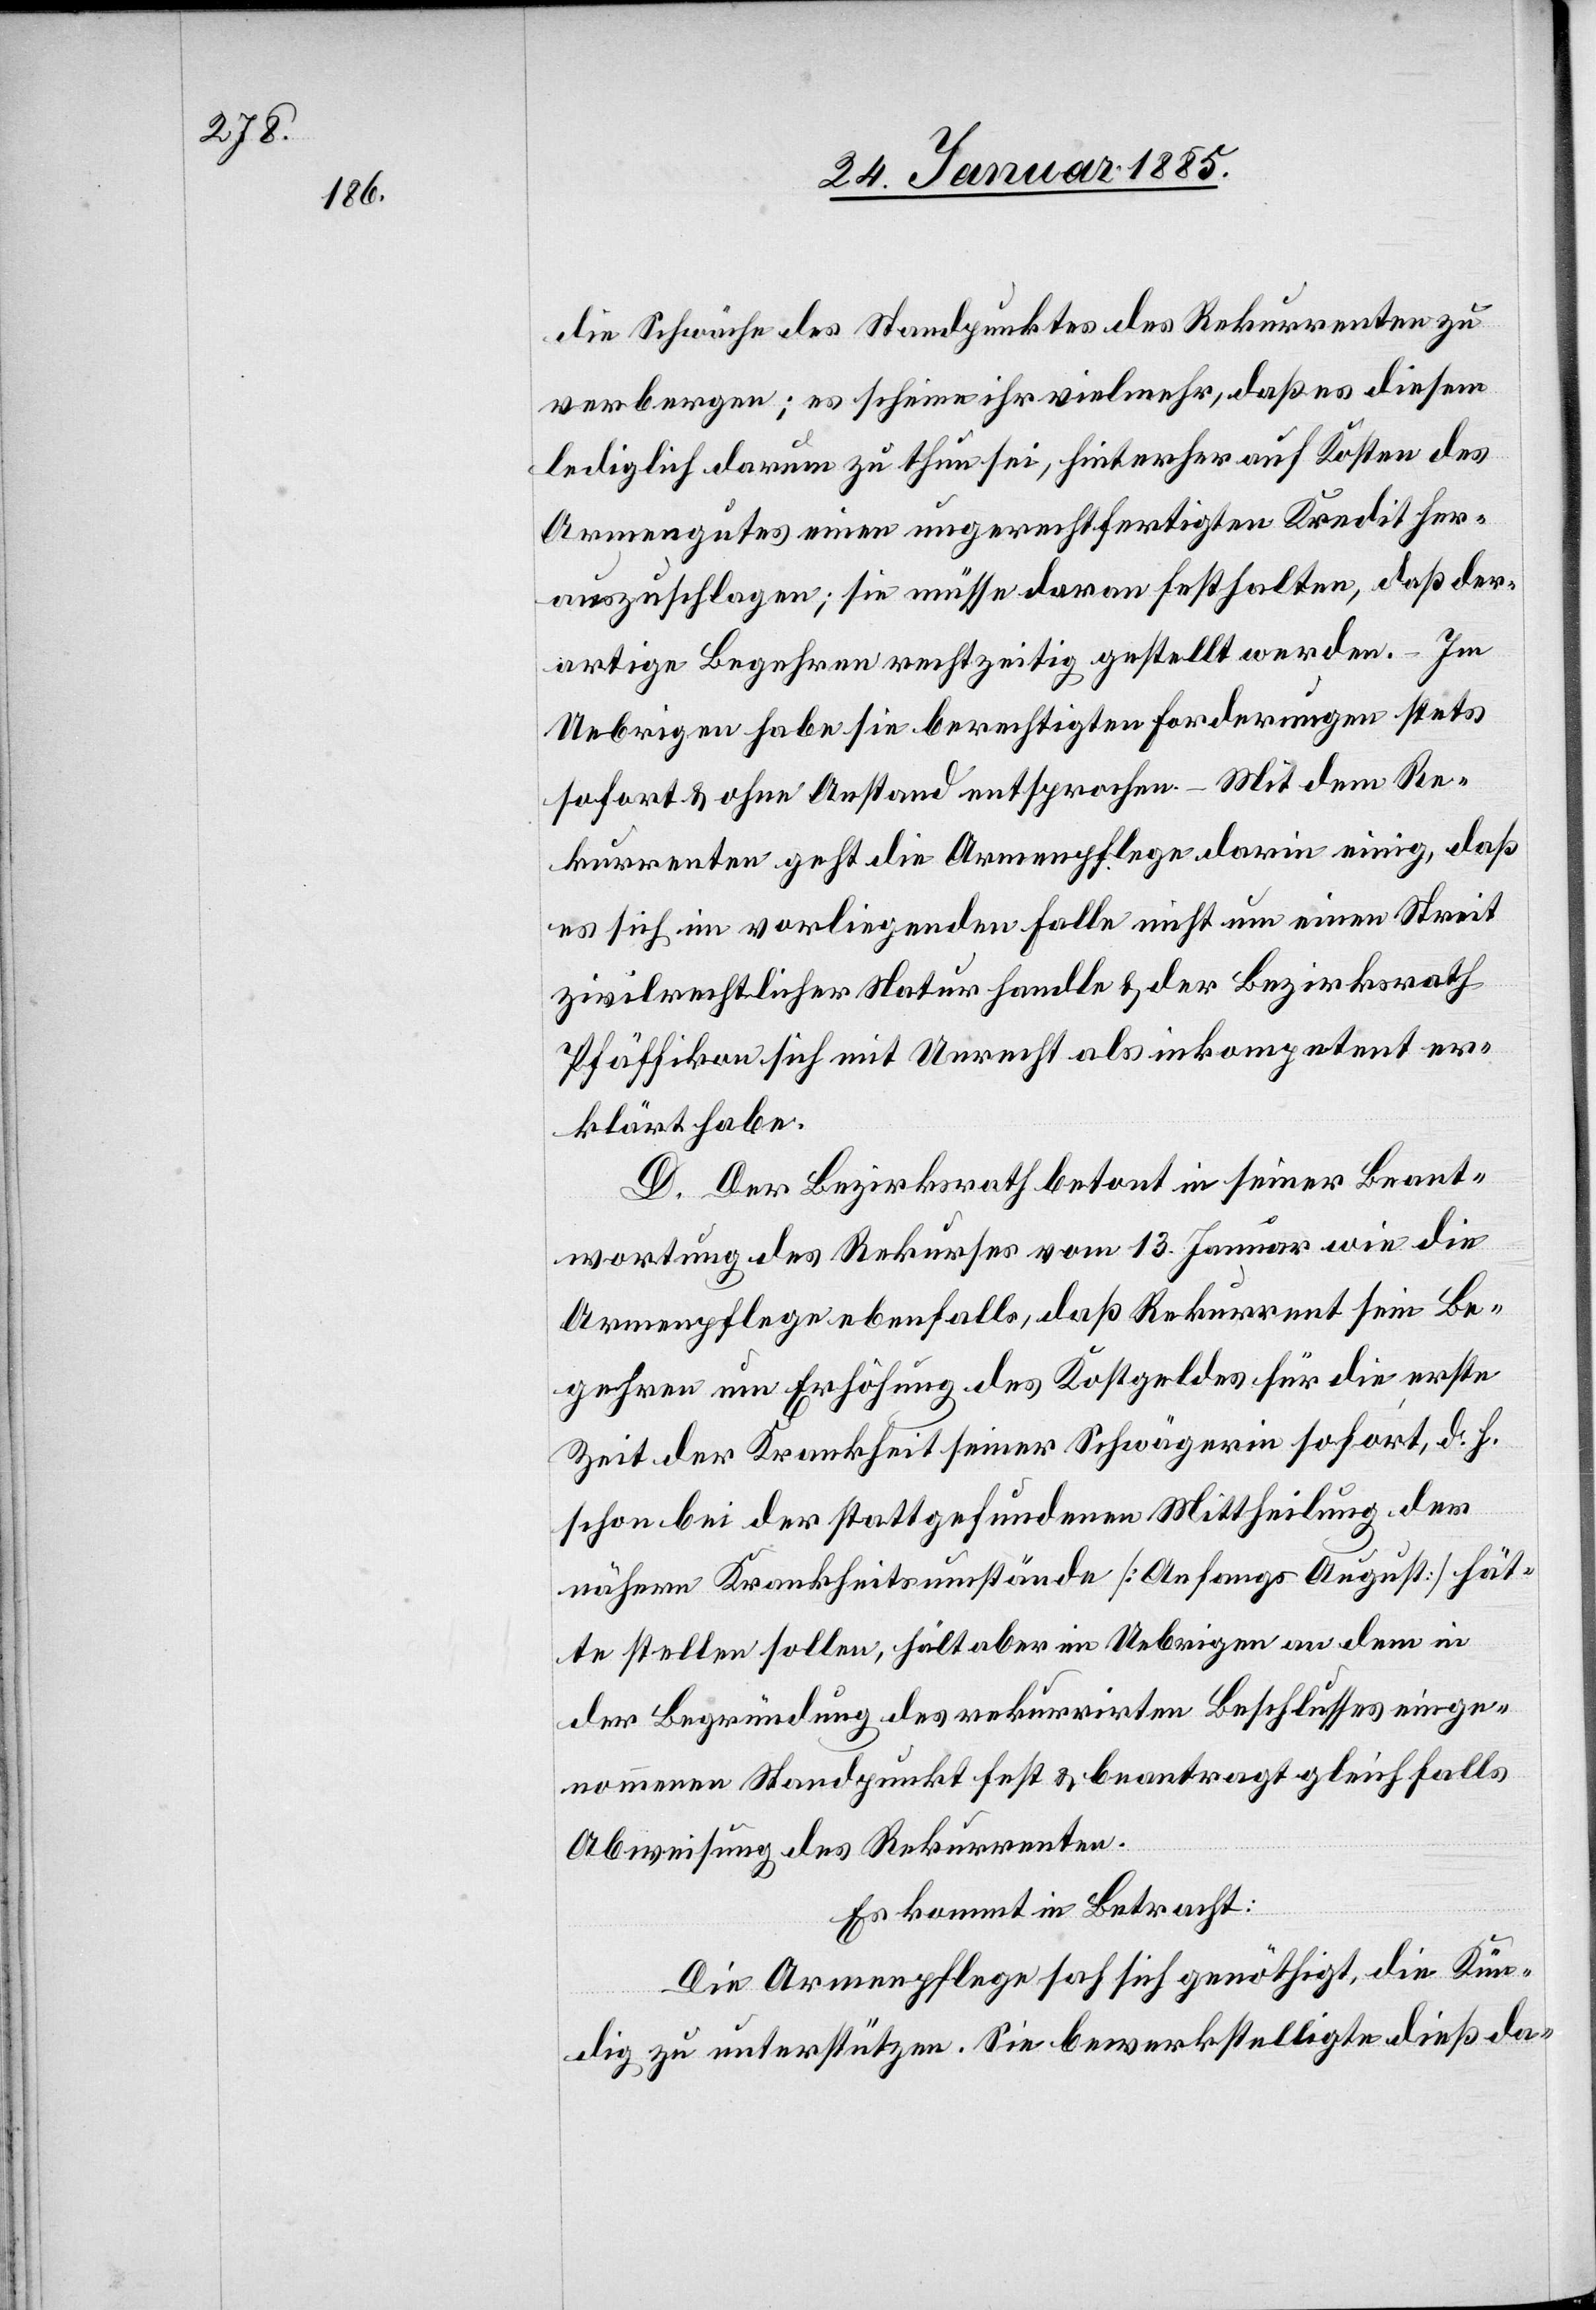
gehren

die Schwäche des Standpunktes des Rekurrenten zu
verbergen; es scheine ihre vielmehr, daß es diesem
lediglich darum zu thun sei, hinterher auf Kosten des
Armengutes einen ungerechtfertigten Kredit her¬
auszuschlagen; sie müsse daran festhalten, daß der¬
artige Begehren rechtzeitig gestellt werden. Im
Uebrigen habe sie berechtigten Forderungen stets
sofort & ohne Anstand entsprochen – Mit dem Re¬
kurrenten geht die Armenpflege darin einig, daß
es sich im vorliegenden Falle nicht um einen Streit
zivilrechtlicher Natur handle & der Bezirksrath
Pfäffikon sich mit Unrecht als inkompetent er¬
klärt habe.
D. Der Bezirksrath betont in seiner Beant¬
wortung des Rekurses vom 13. Januar wie die
Armenpflege ebenfalls, daß Rekurrent sein Be¬
Zeit der Krankheit seiner Schwägerin sofort, d. h.
schon bei der stattgefundenen Mittheilung der
nähern Krankheitsumstände [Anfangs August] hät¬
te stellen sollen, hält aber im Uebrigen an dem in
der Begründung des rekurrirten Beschlusses einge¬
nommenen Standpunkt fest & beantragt gleichfalls
Abweisung des Rekurrenten.
Es kommt in Betracht:
Die Armenpflege sah sich genöthigt, die Kün¬
dig zu unterstützten. Sie bewerkstelligte dieß da-